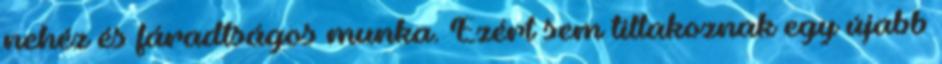
nehéz és fáradtságos munka. Ezért sem tiltakoznak egy újabb